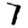
Digit: 7